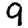
Digit: 9